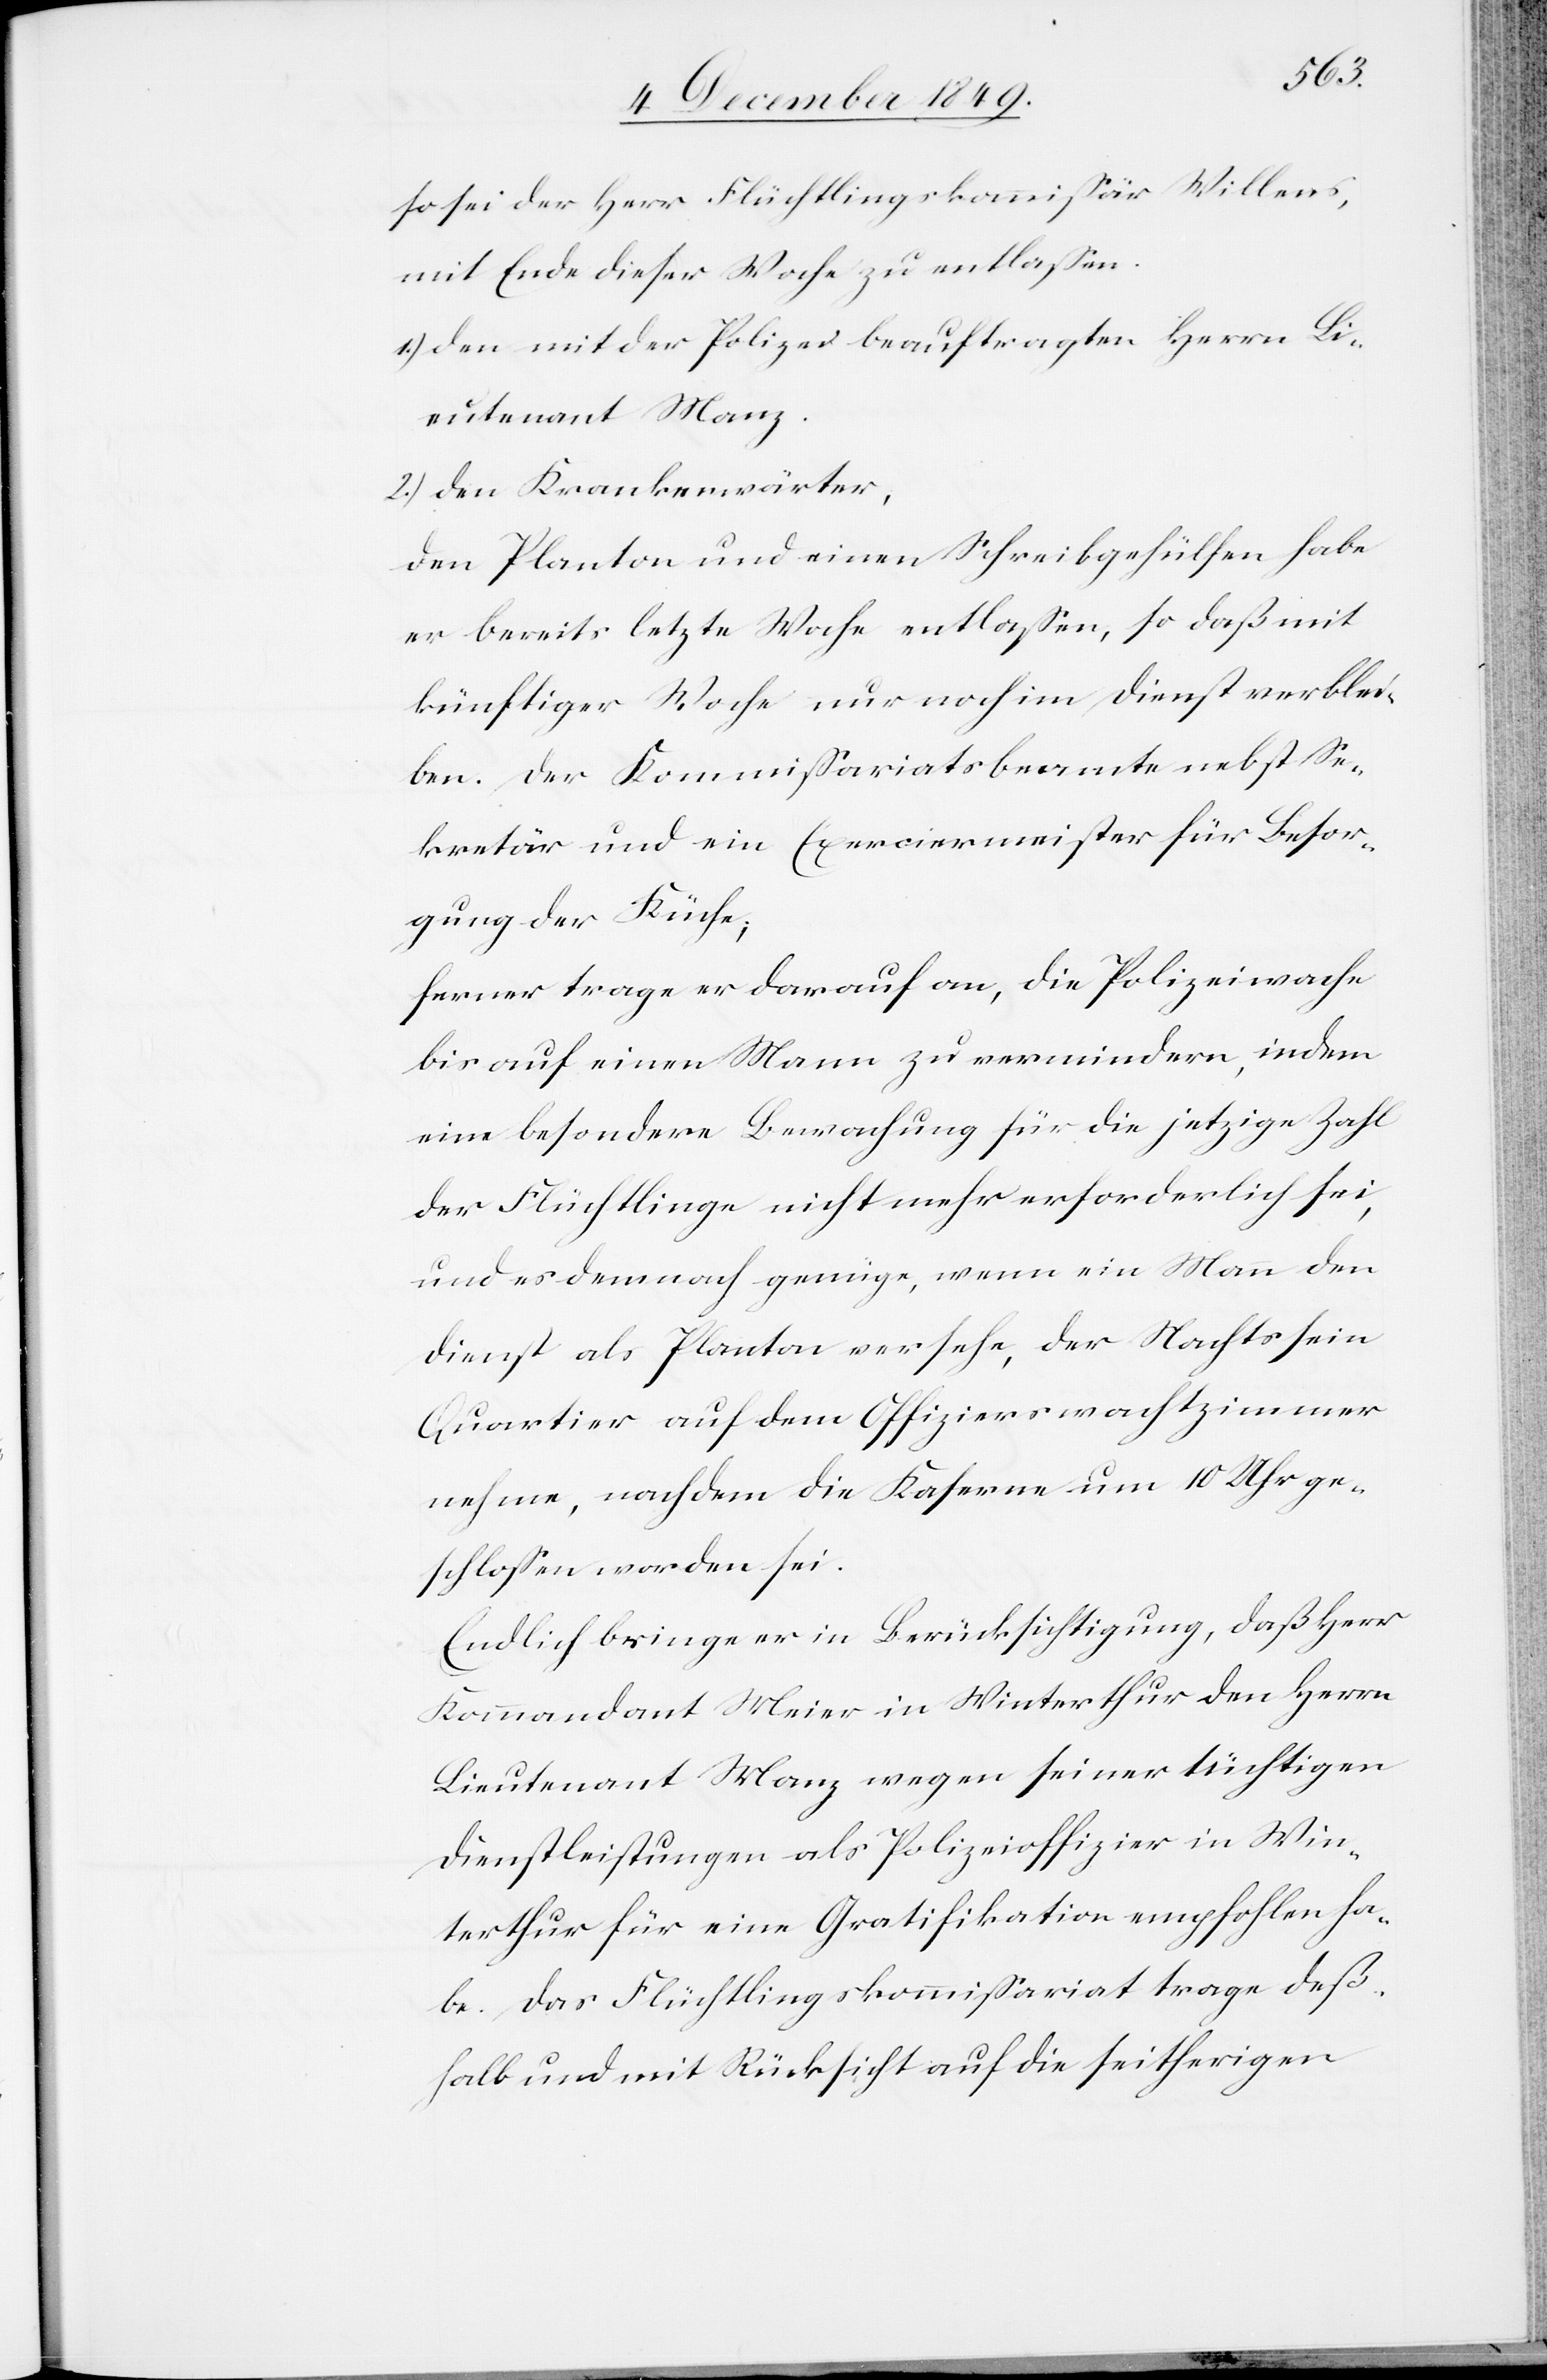
so sei der Herr Flüchtlingskommißär Willens,
mit Ende dieser Woche zu entlaßen.
1.) den mit der Polizei beauftragten Herrn Li¬
eutenant Manz.
2.) den Krankenwärter,
den Planton und einen Schreibgehülfen habe
er bereits letzte Woche entlaßen, so daß mit
künftiger Woche nur noch im Dienst verblei¬
ben. Der Kommißariatsbeamte nebst Se¬
kretär und ein Exerciermeister für Besor¬
gung der Küche;
ferner trage er darauf an, die Polizeiwache
bis auf einen Mann zu vermindern, indem
eine besondere Bewachung für die jetzige Zahl
der Flüchtlinge nicht mehr erforderlich sei,
und es dennoch genüge, wenn ein Mann den
Dienst als Planton versehe, der Nachts sein
Quartier auf dem Offizierswachtzimmer
nehme, nachdem die Kaserne um 10 Uhr ge¬
schloßen worden sei.
Endlich bringe er in Berücksichtigung, daß Herr
Kommandant Meier in Winterthur den Herrn
Lieutenant Manz wegen seiner tüchtigen
Dienstleistungen als Polizeioffizier in Win¬
terthur für eine Gratifikation empfohlen ha¬
be. Das Flüchtlingskommißariat trage deß¬
halb und mit Rücksicht auf die seitherigen